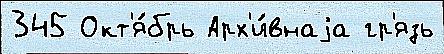
345 Окт'я́брь Арх'и́внаjа гр'язь